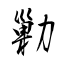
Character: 勦